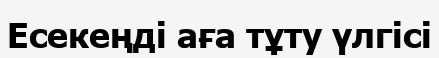
Есекеңді аға тұту үлгісі